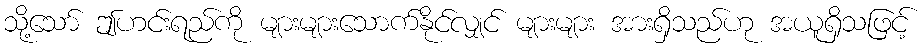
သို့သော် ဤဟင်းရည်ကို များများသောက်နိုင်လျှင် များများ အားရှိသည်ဟု အယူရှိသဖြင့်